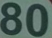
80